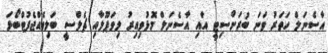
އާސެނަލް ހަތަރު ވަނަ ބުރަށްސިޓީ އާއި އާސެނަލް މޮޅުވިއިރު ލިވަޕޫލާއި ޗެލްސީ ބަލިވެއްޖެފުޓްބޯޅަ